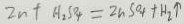
Z n + H _ { 2 } S O _ { 4 } = Z n S O _ { 4 } + H _ { 2 } \uparrow